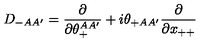
D _ { - A A ^ { \prime } } = { \frac { \partial } { \partial \theta _ { + } ^ { A A ^ { \prime } } } } + i \theta _ { + A A ^ { \prime } } { \frac { \partial } { \partial x _ { + + } } }